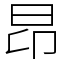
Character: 昂